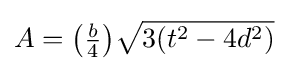
A={\big (}{\tfrac {b}{4}}{\big )}{\sqrt {3(t^{2}-4d^{2})}}